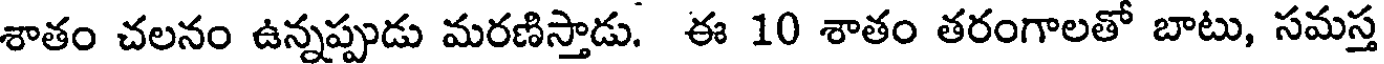
శాతం చలనం ఉన్నప్పుడు మరణిస్తాడు. ఈ 10 శాతం తరంగాలతో బాటు, సమస్త